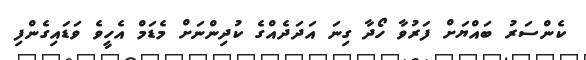
ކެންސަރު ބައްޔަށް ފަރުވާ ހޯދާ ގިނަ އަދަދެއްގެ ކުދިންނަށް މެޑަމް އެހީވެ ވަޑައިގެންފި